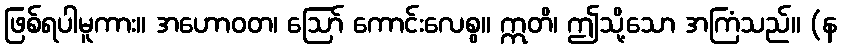
ဖြစ်ရပါမူကား။ အဟောဝတ၊ ဩော် ကောင်းလေစွ။ ဣတိ၊ ဤသို့သော အကြံသည်။ (န